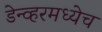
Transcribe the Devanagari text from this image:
डेन्व्हरमध्येच